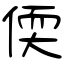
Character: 偄